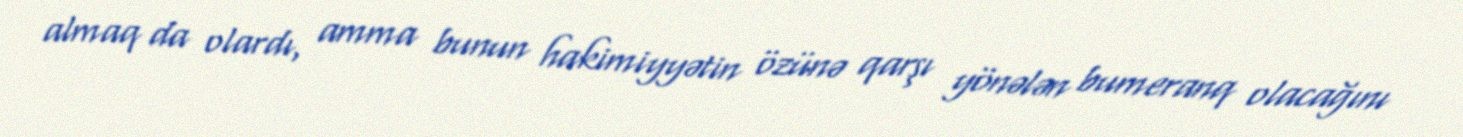
almaq da olardı, amma bunun hakimiyyətin özünə qarşı yönələn bumeranq olacağını